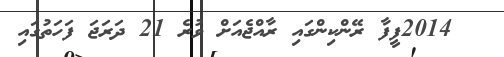
2014ފީފާ ރޭންކިންގައި ރާއްޖެއަށް ވުރެ 21 ދަރަޖަ ފަހަތުގައި